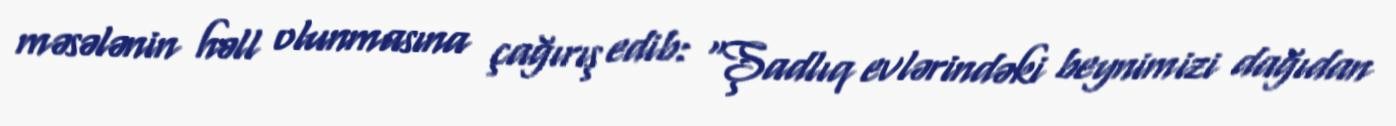
məsələnin həll olunmasına çağırış edib: “Şadlıq evlərindəki beynimizi dağıdan